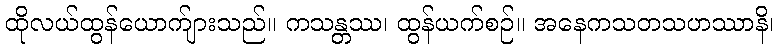
ထိုလယ်ထွန်ယောက်ျားသည်။ ကသန္တဿ၊ ထွန်ယက်စဉ်။ အနေကသတသဟဿာနိ၊